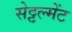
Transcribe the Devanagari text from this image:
सेट्टल्मेंट